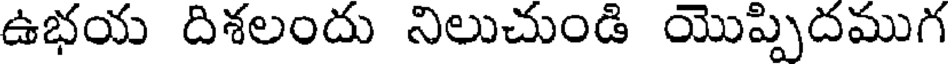
ఉభయ దిశలందు నిలుచుండి యొప్పిదముగ